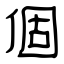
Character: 個